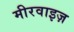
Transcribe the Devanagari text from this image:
मीरवाइज़